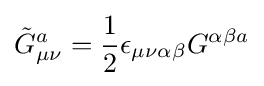
{\tilde {G}}_{\mu \nu }^{a}={\frac {1}{2}}\epsilon _{\mu \nu \alpha \beta }G^{\alpha \beta a}